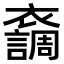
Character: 𧞴